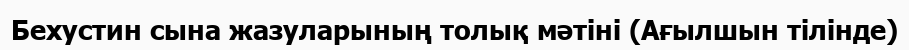
Бехустин сына жазуларының толық мәтіні (Ағылшын тілінде)